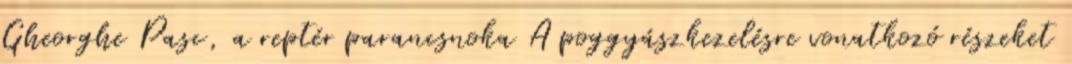
Gheorghe Pasc, a reptér parancsnoka A poggyászkezelésre vonatkozó részeket